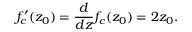
f _ { c } ^ { \prime } ( z _ { 0 } ) = { \frac { d } { d z } } f _ { c } ( z _ { 0 } ) = 2 z _ { 0 } .